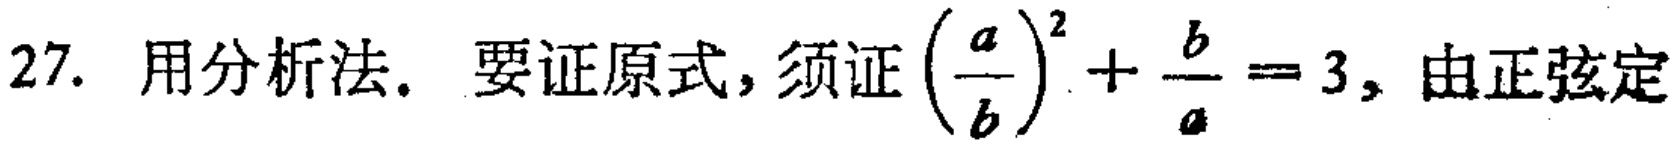
27. 用分析法. 要证原式, 须证\(\left(\frac{a}{b}\right)^{2}+\frac{b}{a}=3\), 由正弦定